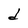
Character: d